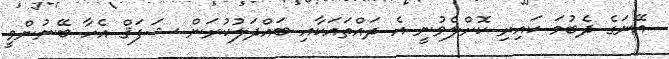
އޭނަގެ ދެބުމަ ކައިރި ކޮށްލެވުނީ އެ ދައްތައަކާއި ބައްދަލުކުރަން ޝަފަޤް އެހާ ބޭނުންވީ